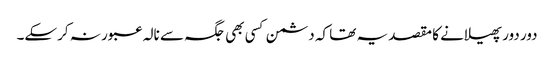
دور دور پھیلانے کا مقصد یہ تھا کہ دشمن کسی بھی جگہ سے نالہ عبور نہ کرسکے۔